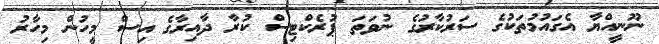
ނޫނީއްޔާ އެގައުމުތަކުގެ ސަރުކާރުގެ ނުވަތަ ޕުރެކްޓިސް ކުރާ ދާއިރާގެ އިސް މީހުން މިހާރު